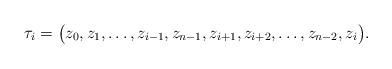
LaTeX: \begin{align*}\tau_i=\big(z_0,z_1,\ldots,z_{i-1},z_{n-1},z_{i+1},z_{i+2},\ldots,z_{n-2},z_i\big).\end{align*}